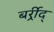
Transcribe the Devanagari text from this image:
बर्र्र्रीद्